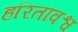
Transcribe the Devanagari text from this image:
हरितावश्व